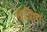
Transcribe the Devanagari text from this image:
केशिंग